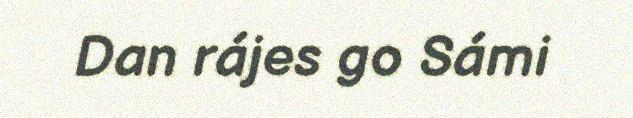
Dan rájes go Sámi